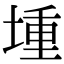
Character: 堹